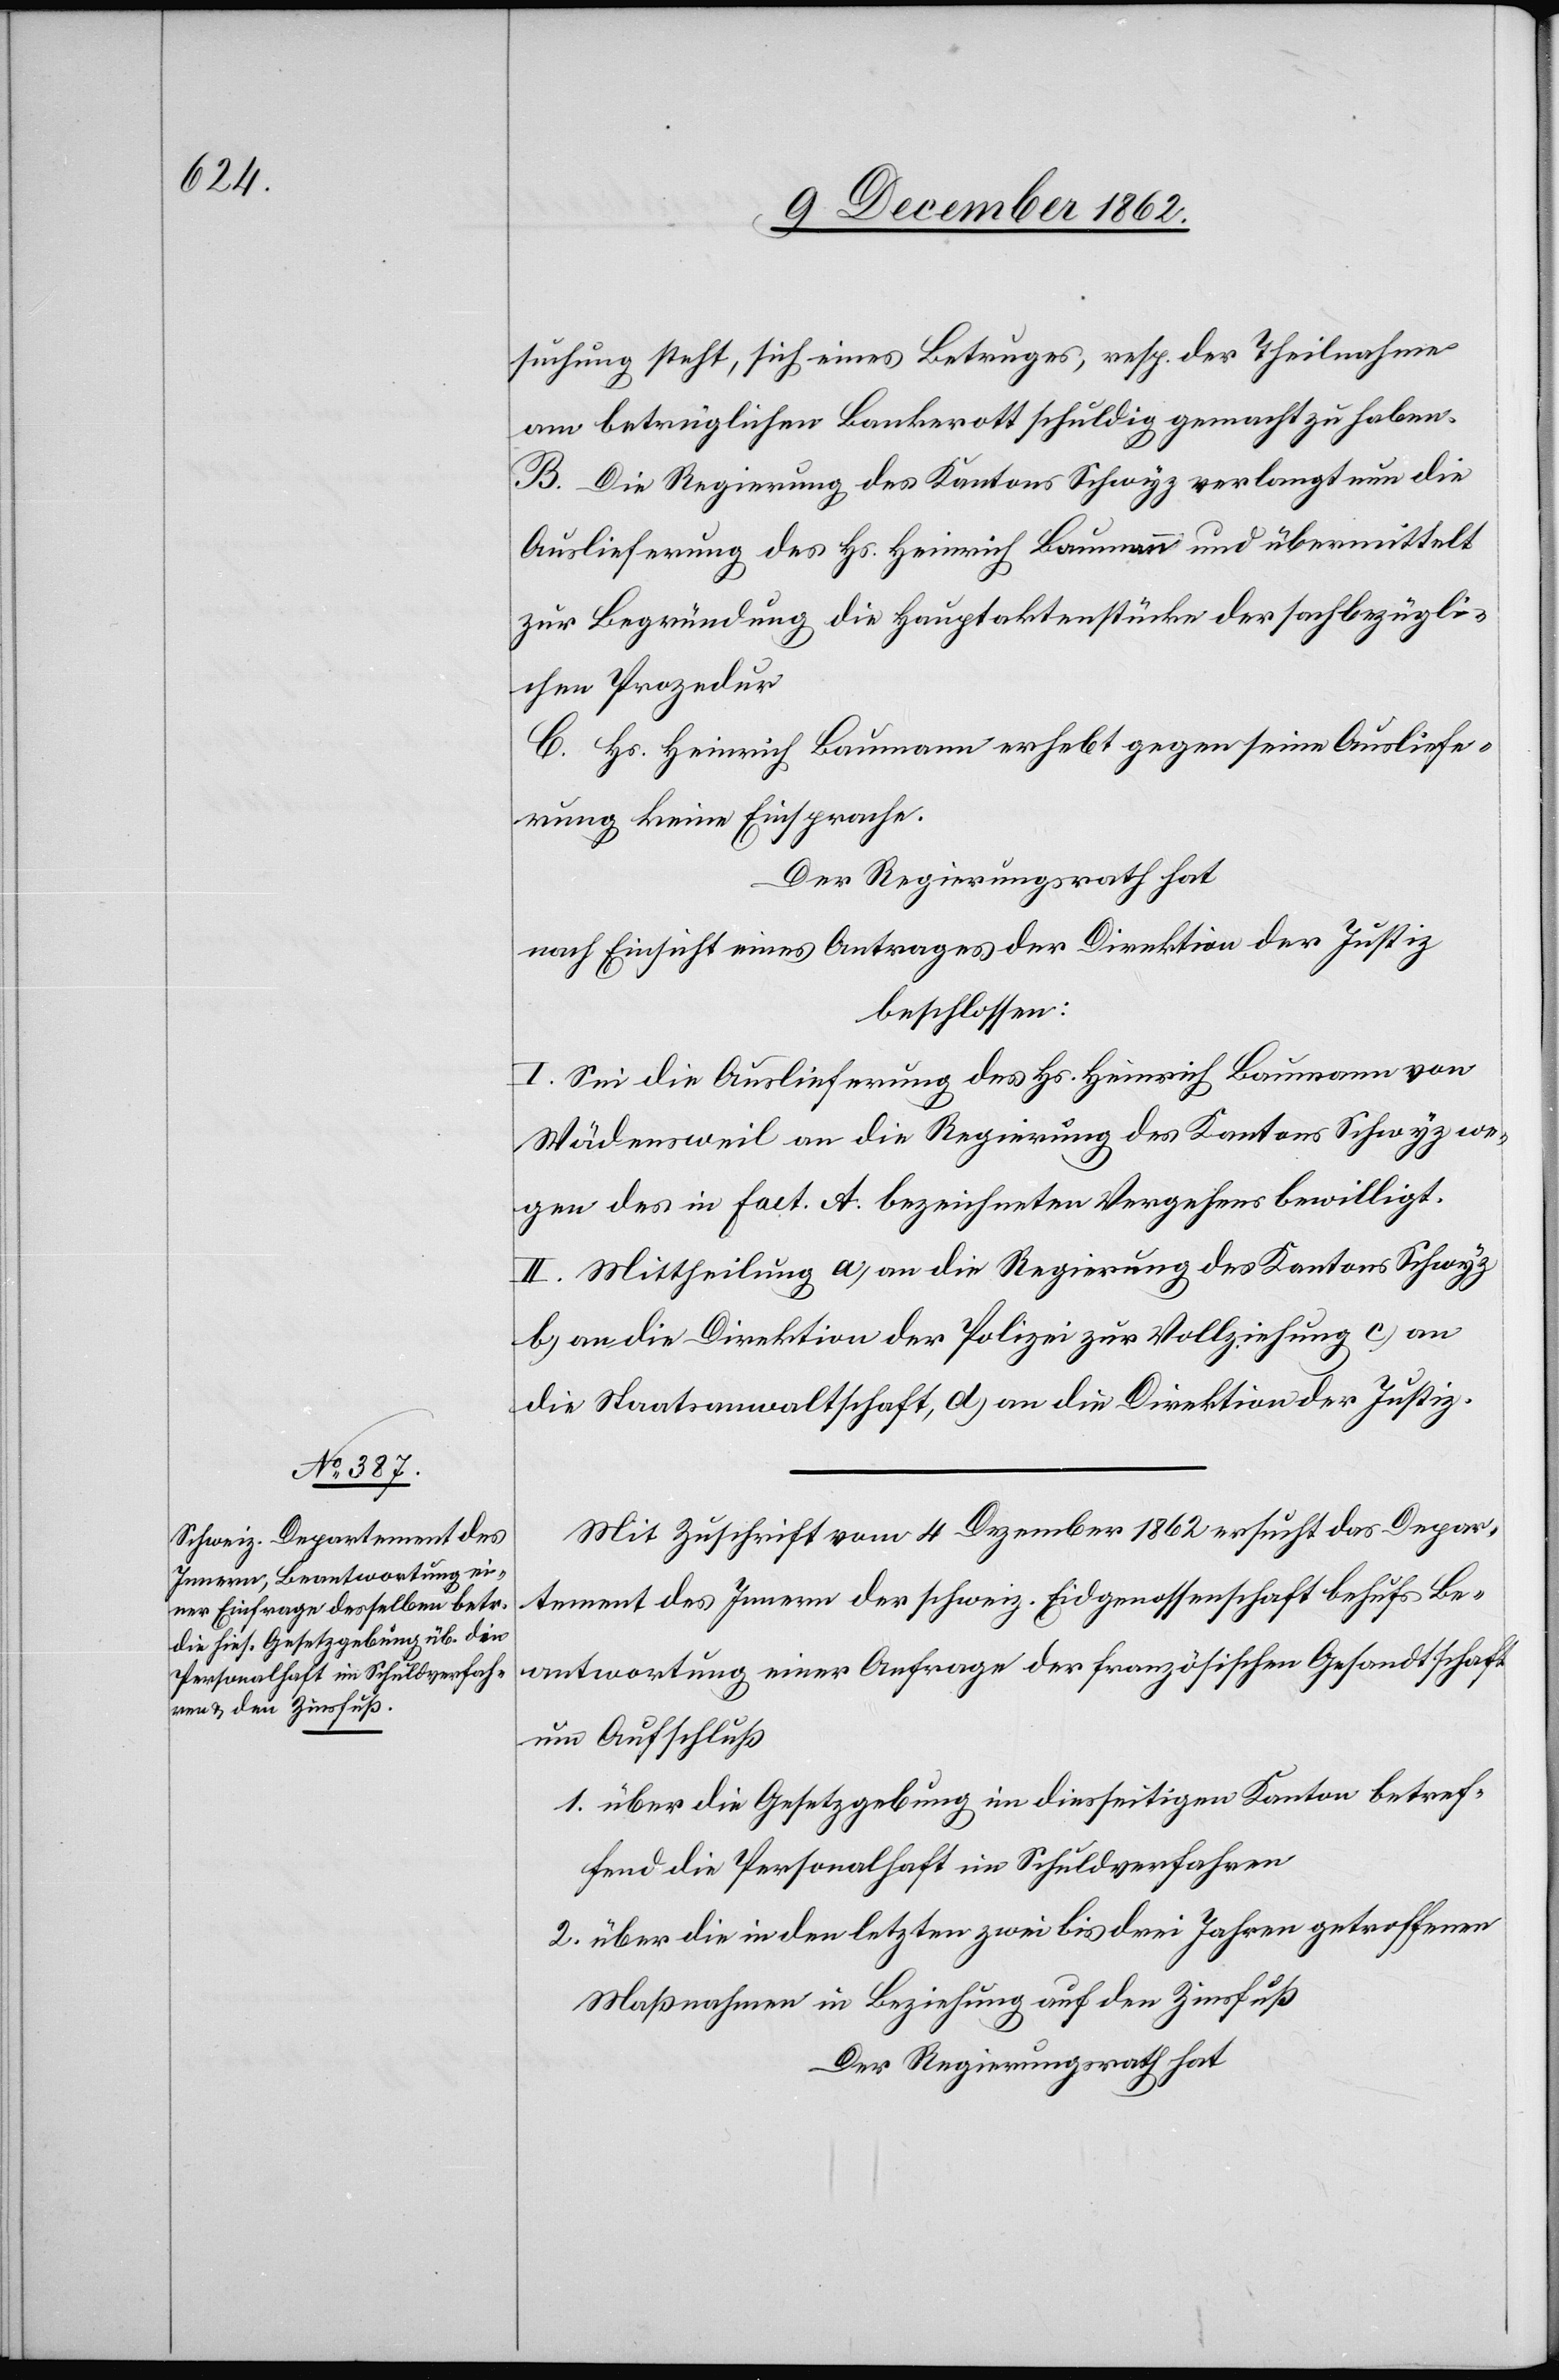
sucht steht, sich eines Betruges, resp. der Theilnahme
am betrüglichen Bankerott schuldig gemacht zu haben.
B. Die Regierung des Kantons Schwyz verlangt nun die
Auslieferung des Hs. Heinrich Baumann und übermittelt
zur Begrünung die Hauptaktenstücke der sachbezügli¬
chen Prozedur.
C. Hs. Heinrich Baumann erhebt gegen seine Ausliefe¬
rung keine Einsprache.
Der Regierungsrath hat
nach Einsicht eines Antrages der Direktion der Justiz
beschlossen:
I. Sei die Auslieferung des Hs. Heinrich Baumann von
Wädensweil an die Regierung des Kantons Schwyz we¬
gen des in Fact. A. bezeichneten Vergehens bewilligt.
II. Mittheilung a) an die Regierung des Kantons Schwyz
b) an die Direktion der Polizei zur Vollziehung c) an
die Staatsanwaltschaft, d) an die Direktion der Justiz.
Mit Zuschrift vom 4. Dezember ersucht das Depar¬
tement des Innern der schweiz. Eidgenossenschaft behufs Be¬
antwortung einer Anfrage der französischen Gesandtschaft
um Aufschluß
1. über die Gesetzgebung im diesseitigen Kanton betref¬
fend die Personalhaft im Schuldverfahren[.]
2. über die in den letzten zwei bis drei Jahren getroffenen
Maßnahme in Beziehung auf den Zinsfuß
Der Regierungsrath hat